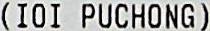
(IOI PUCHONG)